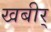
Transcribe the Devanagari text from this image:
खबीर्